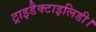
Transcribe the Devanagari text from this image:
ट्राइडैक्टाइलिडी।